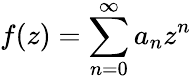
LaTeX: f(z)=\sum_{n=0}^{\infty}a_{n}z^{n}